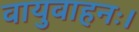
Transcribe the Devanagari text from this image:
वायुवाहनः।